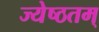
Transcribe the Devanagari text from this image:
ज्येष्ठतम्